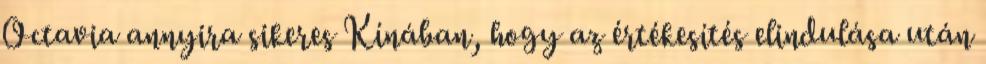
Octavia annyira sikeres Kínában, hogy az értékesítés elindulása után